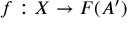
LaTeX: f : X \to F ( A ^ { \prime } )